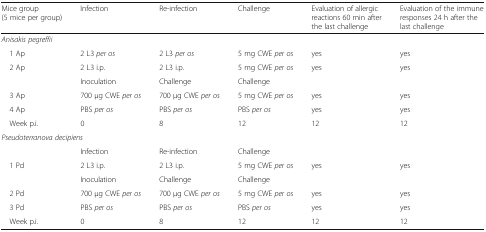
| Mice group (5 mice per group) | Infection | Re-infection | Challenge | Evaluation of allergic reactions 60 min after the last challenge | Evaluation of the immune responses 24 h after the last challenge |
 | --- | --- | --- | --- | --- | --- |
 | <COLSPAN=6> Anisakis pegreffii |
 | 1 Ap | 2 L3 per os | 2 L3 per os | 5 mg CWE per os | yes | yes |
 | 2 Ap | 2 L3 i.p. | 2 L3 i.p. | 5 mg CWE per os | yes | yes |
 |  | Inoculation | Challenge | Challenge |  |  |
 | 3 Ap | 700 μg CWE per os | 700 μg CWE per os | 5 mg CWE per os | yes | yes |
 | 4 Ap | PBS per os | PBS per os | PBS per os | yes | yes |
 | Week p.i. | 0 | 8 | 12 | 12 | 12 |
 | <COLSPAN=6> Pseudoterranova decipiens |
 |  | Infection | Re-infection | Challenge |  |  |
 | 1 Pd | 2 L3 i.p. | 2 L3 i.p. | 5 mg CWE per os | yes | yes |
 |  | Inoculation | Challenge | Challenge |  |  |
 | 2 Pd | 700 μg CWE per os | 700 μg CWE per os | 5 mg CWE per os | yes | yes |
 | 3 Pd | PBS per os | PBS per os | PBS per os | yes | yes |
 | Week p.i. | 0 | 8 | 12 | 12 | 12 |